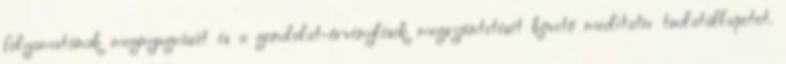
folyamatának megnyugvását és a gondolat-örvénylések megszüntetését követő meditatív tudatállapotot.